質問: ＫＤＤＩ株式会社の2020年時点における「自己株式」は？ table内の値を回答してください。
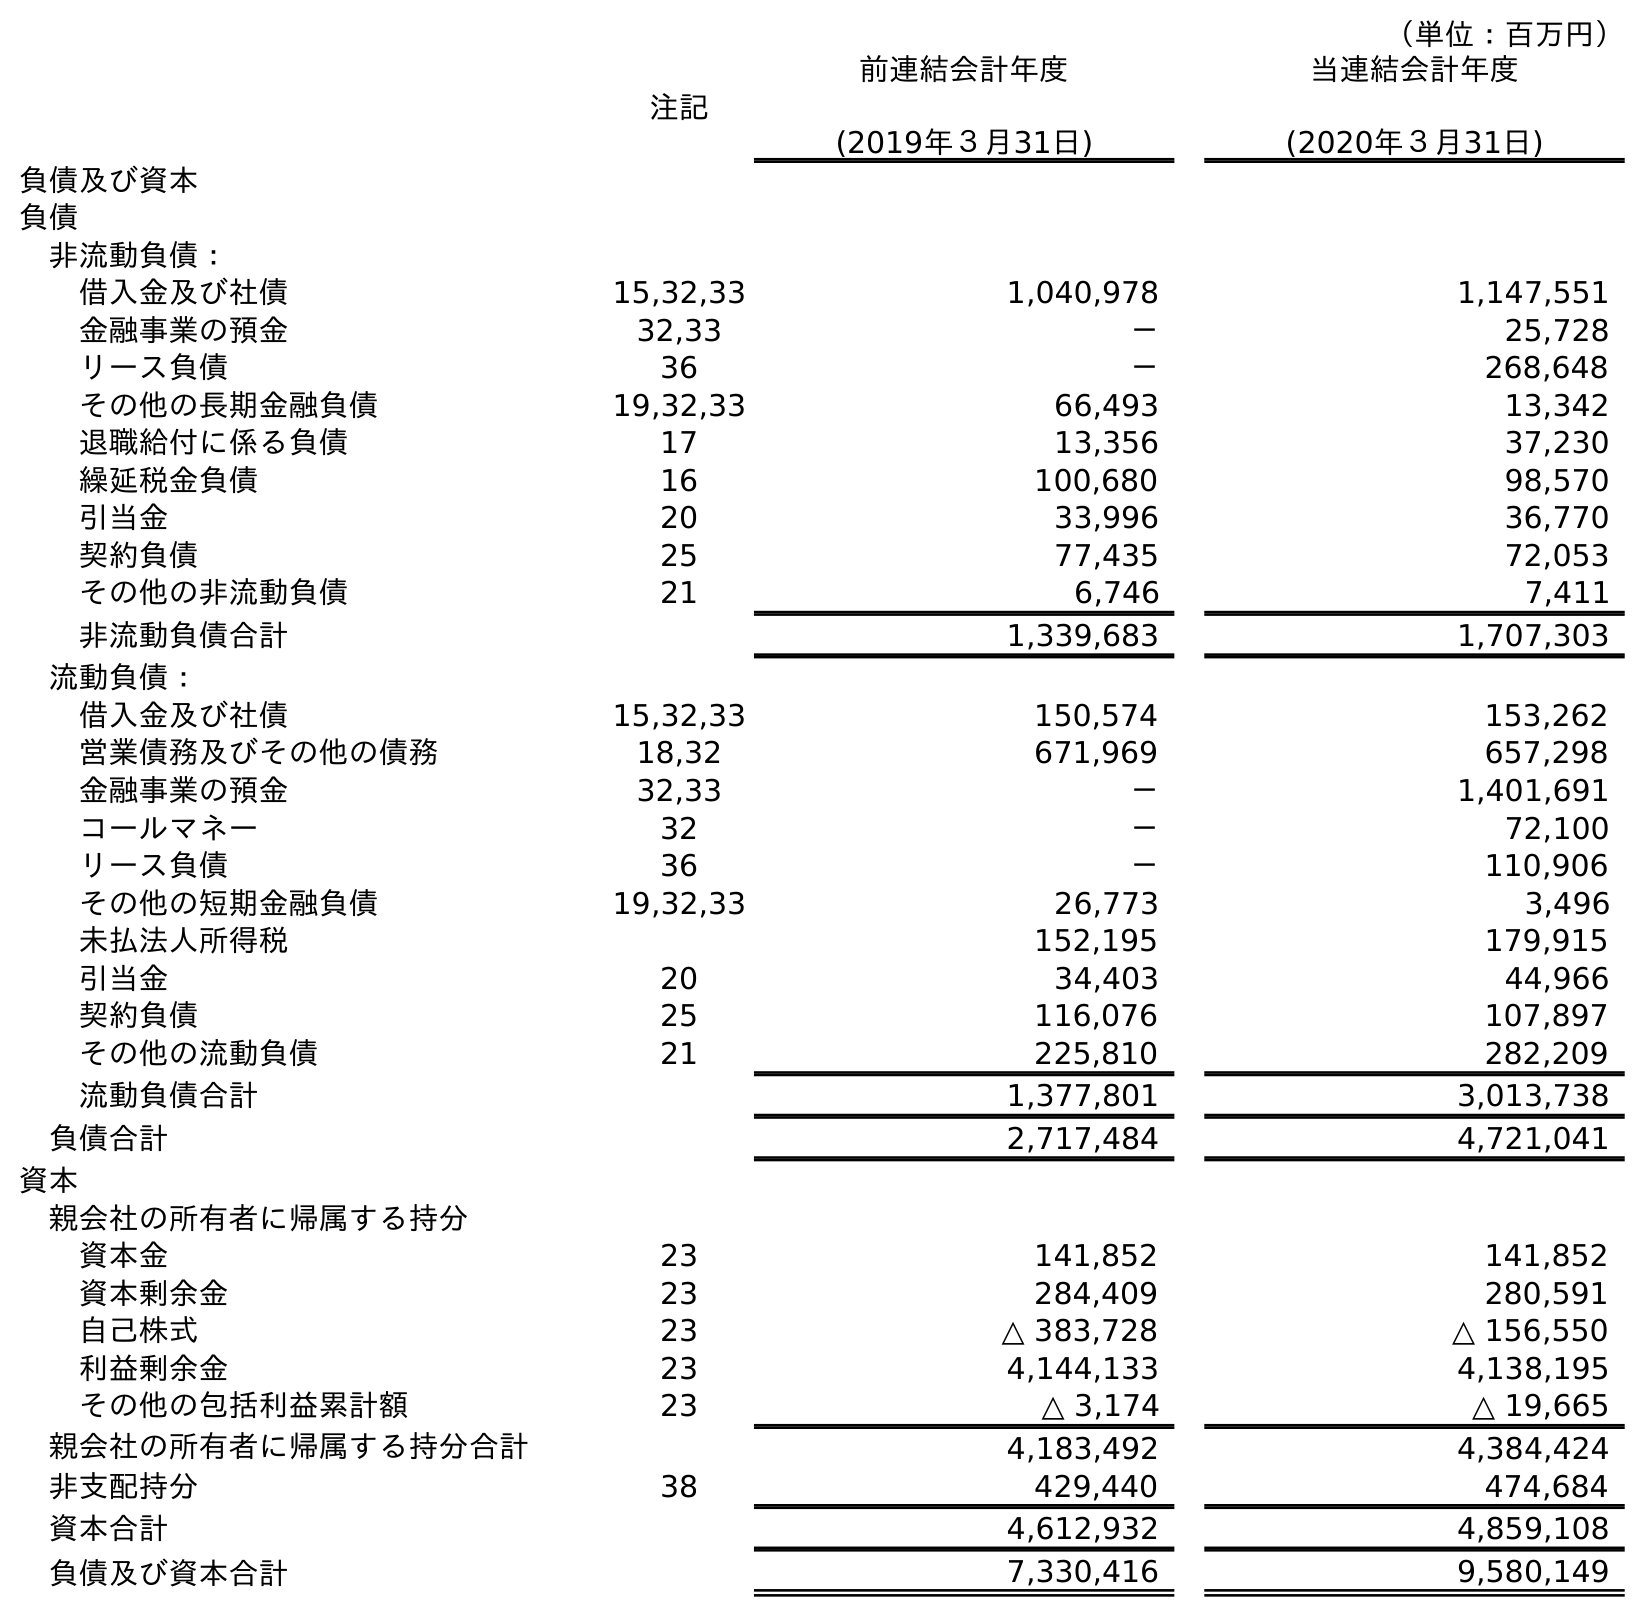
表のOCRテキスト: （単位：百万円） 注記 前連結会計年度 (2019年３月31日) 当連結会計年度 (2020年３月31日) 負債及び資本 負債 非流動負債： 借入金及び社債 15,32,33 1,040,978 1,147,551 金融事業の預金 32,33 － 25,728 リース負債 36 － 268,648 その他の長期金融負債 19,32,33 66,493 13,342 退職給付に係る負債 17 13,356 37,230 繰延税金負債 16 100,680 98,570 引当金 20 33,996 36,770 契約負債 25 77,435 72,053 その他の非流動負債 21 6,746 7,411 非流動負債合計 1,339,683 1,707,303 流動負債： 借入金及び社債 15,32,33 150,574 153,262 営業債務及びその他の債務 18,32 671,969 657,298 金融事業の預金 32,33 － 1,401,691 コールマネー 32 － 72,100 リース負債 36 － 110,906 その他の短期金融負債 19,32,33 26,773 3,496 未払法人所得税 152,195 179,915 引当金 20 34,403 44,966 契約負債 25 116,076 107,897 その他の流動負債 21 225,810 282,209 流動負債合計 1,377,801 3,013,738 負債合計 2,717,484 4,721,041 資本 親会社の所有者に帰属する持分 資本金 23 141,852 141,852 資本剰余金 23 284,409 280,591 自己株式 23 △ 383,728 △ 156,550 利益剰余金 23 4,144,133 4,138,195 その他の包括利益累計額 23 △ 3,174 △ 19,665 親会社の所有者に帰属する持分合計 4,183,492 4,384,424 非支配持分 38 429,440 474,684 資本合計 4,612,932 4,859,108 負債及び資本合計 7,330,416 9,580,149
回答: △156,550